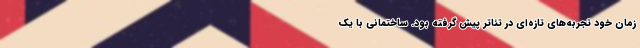
زمان خود تجربه‌های تازه‌ای در تئاتر پیش گرفته بود. ساختمانی با یک